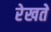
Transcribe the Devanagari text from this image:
रेखते